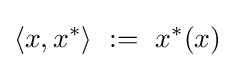
\langle x,x^{*}\rangle ~:=~x^{*}(x)